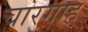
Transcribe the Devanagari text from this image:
चारगाह